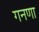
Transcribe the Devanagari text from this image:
गनणा